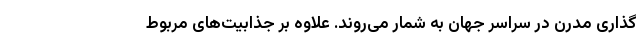
‌گذاری مدرن در سراسر جهان به شمار می‌روند. علاوه بر جذابیت‌های مربوط